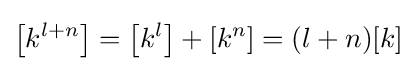
\left[k^{l+n}\right]=\left[k^{l}\right]+\left[k^{n}\right]=(l+n)[k]